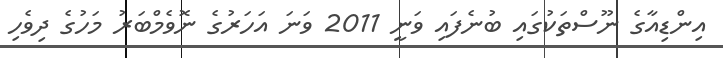
އިންޑިއާގެ ނޫސްތަކުގައި ބުނެފައި ވަނީ 2011 ވަނަ އަހަރުގެ ނޮވެމްބަރު މަހުގެ ދިވެހި